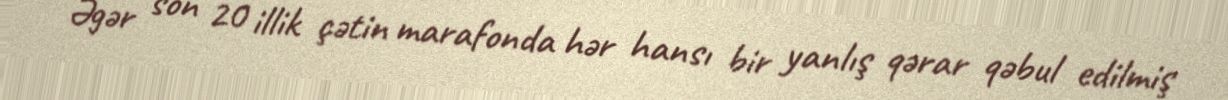
Əgər son 20 illik çətin marafonda hər hansı bir yanlış qərar qəbul edilmiş